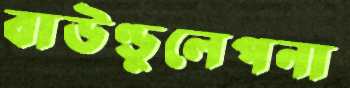
বাউণ্ডুলেপনা